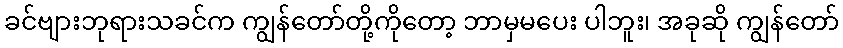
ခင်ဗျားဘုရားသခင်က ကျွန်တော်တို့ကိုတော့ ဘာမှမပေး ပါဘူး၊ အခုဆို ကျွန်တော်